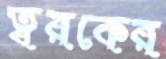
ত্বরকের